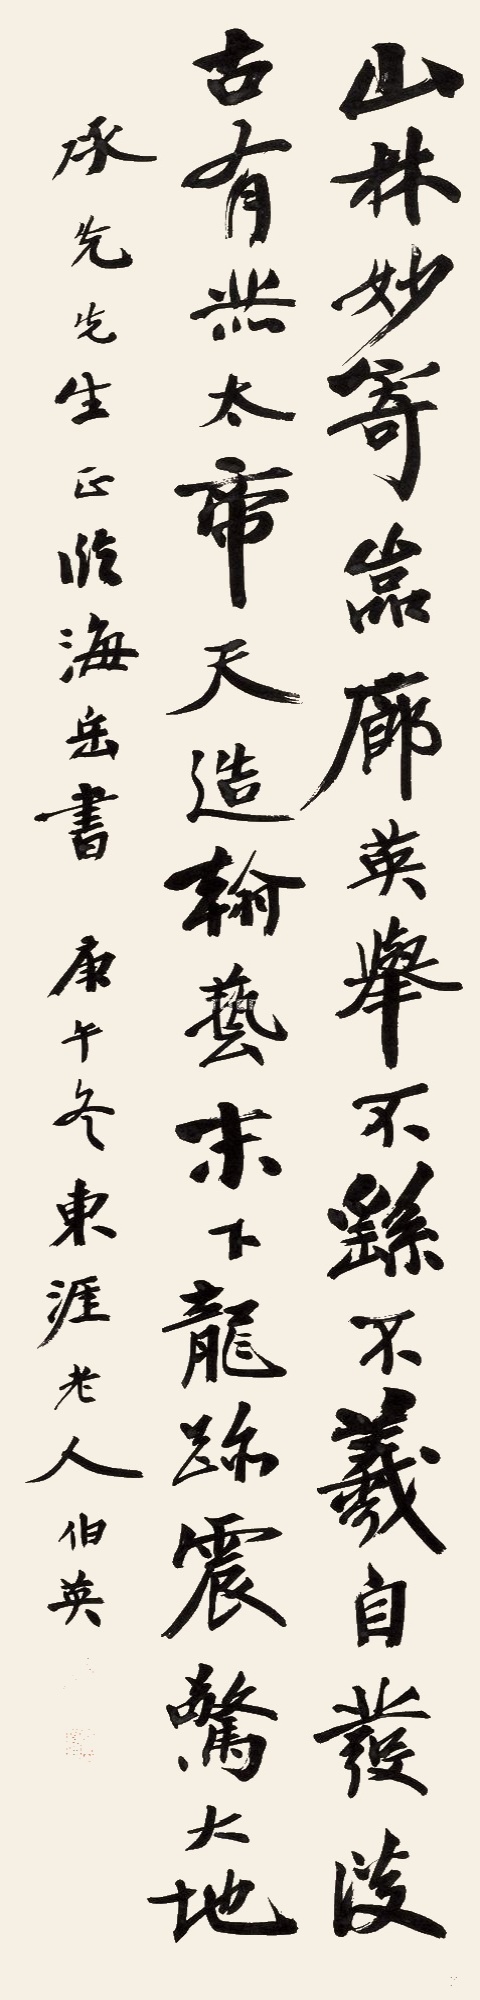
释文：山林妙寄，岩廊英举。不繇不羲，自发淡古。有赫太帝，天造翰艺。末下龙迹，震惊大地。承先先生正，临海岳书。庚午冬东涯老人伯英。